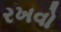
રખવો